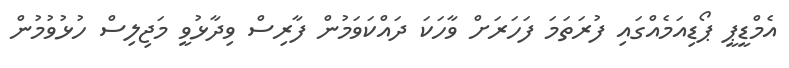
އެމްޑީޕީ ޕޯޑިއަމެއްގައި ފުރަތަމަ ފަހަރަށް ވާހަކަ ދައްކަވަމުން ފާރިސް ވިދާޅުވީ މަޖިލިސް ހުޅުވުމުން